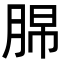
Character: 𦛭